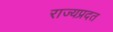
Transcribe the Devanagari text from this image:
राज्यप्रदत